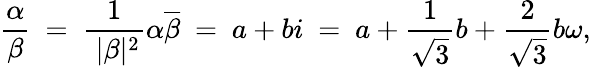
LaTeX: {\frac{\alpha}{\beta}}\ =\ {\frac{1}{\ |\beta|^{2}}}\alpha{\overline{{\beta}}}\ =\ a+bi\ =\ a+{\frac{1}{\sqrt{3}}}b+{\frac{2}{\sqrt{3}}}b\omega,